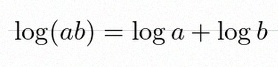
\log(ab)=\log a+\log b